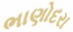
ભાણોદરા